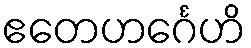
ဧတေဟင်္ဂေဟိ